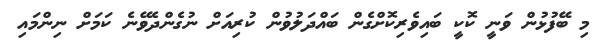
މި ބޭފުޅުން ވަނީ ކޮކީ ބައިވެރިކޮށްގެން ބައްދަލުވުން ކުރިއަށް ނުގެންދެވޭނެ ކަމަށް ނިންމައި